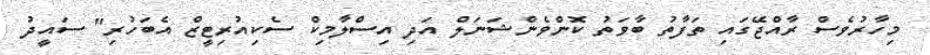
މިހާރުވެސް ރާއްޖޭގައި ތަފާތު ބާވަތު ކޮންވެންޝަނަލް އަދި އިސްލާމިކް ސެކިއުރިޓީޒް އެބަހުރި" ސައީދު